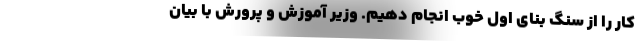
کار را از سنگ بنای اول خوب انجام دهیم. وزیر آموزش و پرورش با بیان